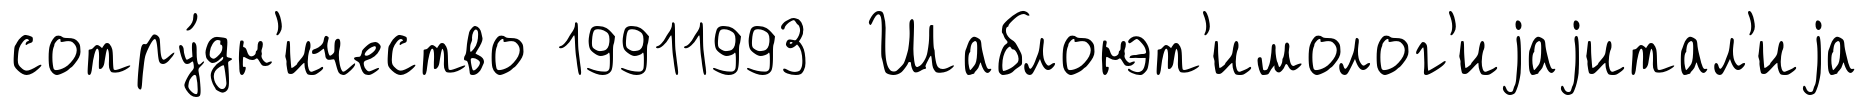
сотру́дн'ичество 19911993 Шаблонэт'имолог'иjаjитал'иjа